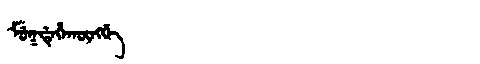
Manchu: ᠮᡠᡴᡩᡝᡥᠠᡴᡡᠩᡤᡝ
Romanization: MUKDEHAKŪNGGE